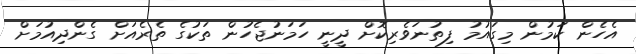
އެހެން ކަމުން މިގައުމު ފިތުނަވެރިކޮށް ދީނީ ހަމަނުޖެހުން ތަކުގެ ތެރެއަށް ގެންދިއުމަށް